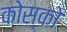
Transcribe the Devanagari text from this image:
कोस्को